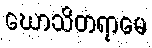
ဃောသိတရာမေ